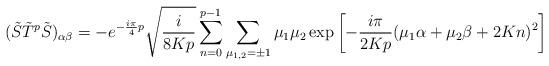
LaTeX: \begin{align*}(\tilde{S}\tilde{T}^{p}\tilde{S})_{\alpha\beta}=-e^{-\frac{i\pi}{4}p}\sqrt{\frac{i}{8Kp}}\sum_{n=0}^{p-1}\sum_{\mu_{1,2}=\pm1}\mu_{1}\mu_{2}\exp\left[-\frac{i\pi}{2Kp}(\mu_{1}\alpha+\mu_{2}\beta+2Kn)^{2}\right]\end{align*}